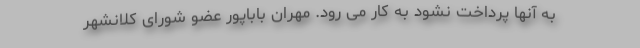
به آنها پرداخت نشود به کار می رود. مهران باباپور عضو شورای کلانشهر